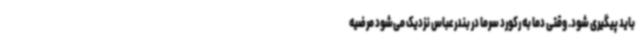
باید پیگیری شود. وقتی دما به رکورد سرما در بندرعباس نزدیک می‌شود مرضیه